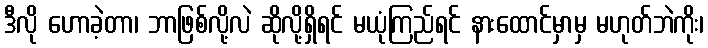
ဒီလို ဟောခဲ့တာ၊ ဘာဖြစ်လို့လဲ ဆိုလို့ရှိရင် မယုံကြည်ရင် နားထောင်မှာမှ မဟုတ်ဘဲကိုး၊